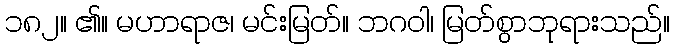
၁၈၂။ ၏။ မဟာရာဇ၊ မင်းမြတ်။ ဘဂဝါ၊ မြတ်စွာဘုရားသည်။